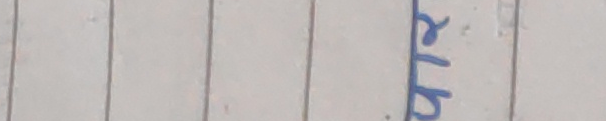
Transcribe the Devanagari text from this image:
५१२